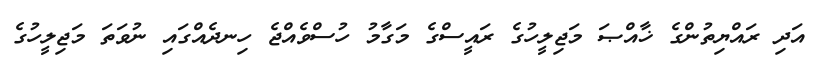
އަދި ރައްޔިތުންގެ ޚާއްޞަ މަޖިލީހުގެ ރައީސްގެ މަގާމު ހުސްވެއްޖެ ހިނދެއްގައި ނުވަތަ މަޖިލީހުގެ